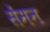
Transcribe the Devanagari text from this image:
सेंमन